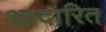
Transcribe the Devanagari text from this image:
आदारित